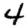
Digit: 4